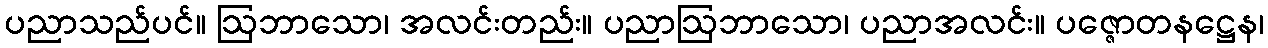
ပညာသည်ပင်။ ဩဘာသော၊ အလင်းတည်း။ ပညာဩဘာသော၊ ပညာအလင်း။ ပဇ္ဇောတနဋ္ဌေန၊